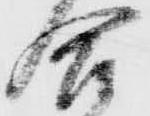
合